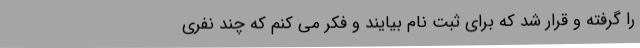
را گرفته و قرار شد که برای ثبت نام بیایند و فکر می کنم که چند نفری